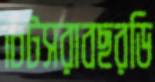
চিটসরাবছরডি